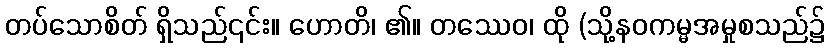
တပ်သောစိတ် ရှိသည်၎င်း။ ဟောတိ၊ ၏။ တဿေဝ၊ ထို (သို့နဝကမ္မအမှုစသည်၌